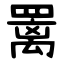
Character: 䍠